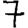
Digit: 7